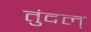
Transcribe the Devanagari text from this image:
तुंदल्